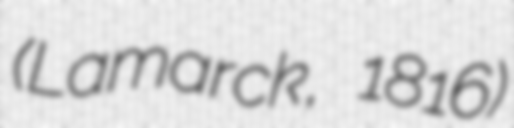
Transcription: (Lamarck, 1816)